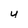
Character: u